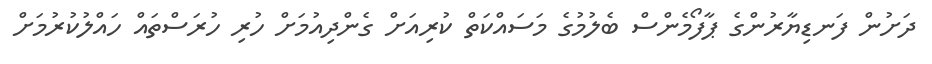
ދަށުން ފަނޑިޔާރުންގެ ޕާފޯމެންސް ބެލުމުގެ މަސައްކަތް ކުރިއަށް ގެންދިއުމަށް ހުރި ހުރަސްތައް ހައްލުކުރުމަށް